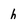
Character: h